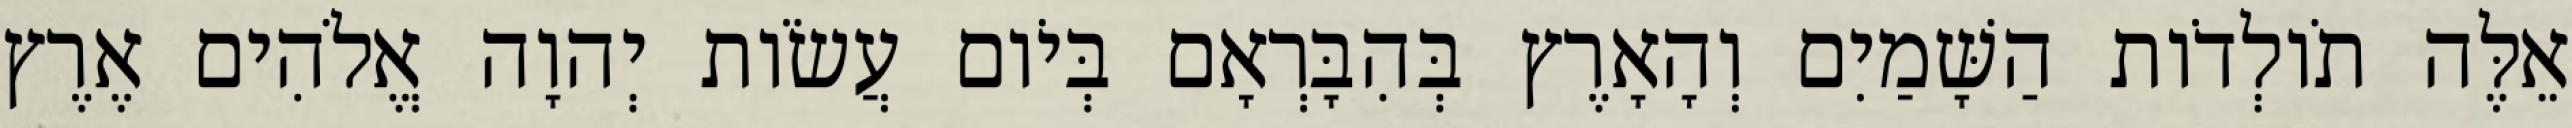
אֵלֶּה תֹולְדֹות הַשָּׁמַיִם וְהָאָרֶץ בְּהִבָּרְאָם בְּיֹום עֲשֹׂות יְהוָה אֱלֹהִים אֶרֶץ